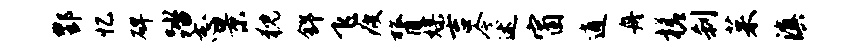
酆忆碑踏志景猊舒飞疲膂媒吉今述窗逍舟槎刹茱滇